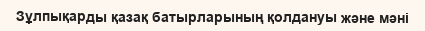
Зұлпықарды қазақ батырларының қолдануы және мәні